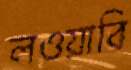
লওয়াবি